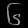
Digit: ၆